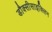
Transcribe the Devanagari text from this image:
डौक्सीसाइक्लिन